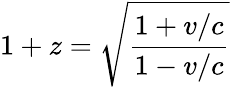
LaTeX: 1+z={\sqrt{\frac{1+v/c}{1-v/c}}}